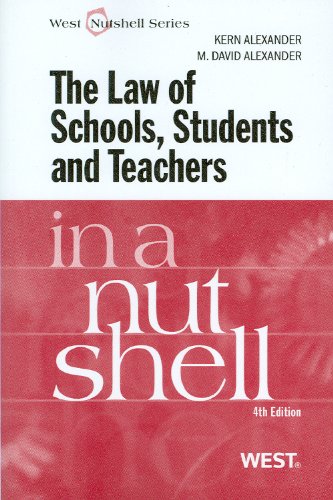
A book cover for Law of Schools, Students and Teachers in a Nutshell; Kern Alexander; Law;